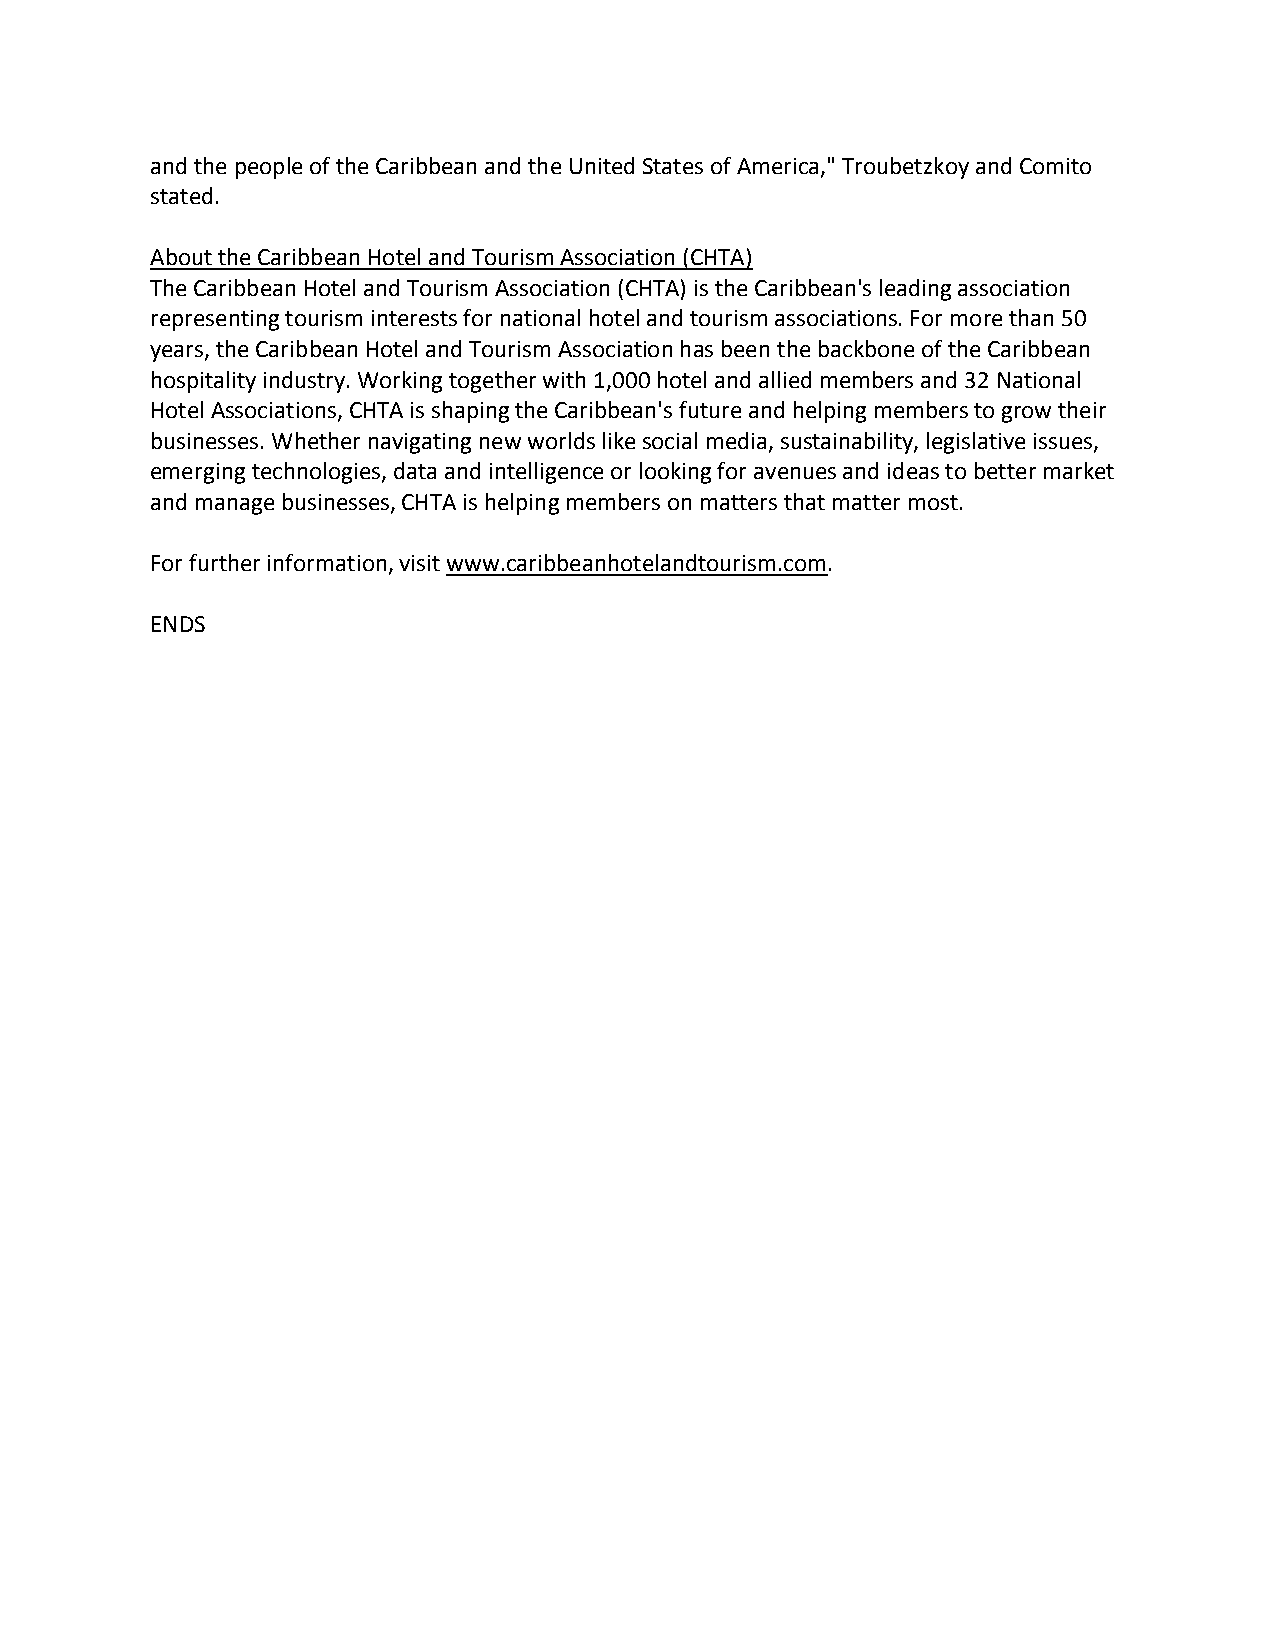
and the people of the Caribbean and the United States of America," Troubetzkoy and Comito
 stated.
 About the Caribbean Hotel and Tourism Association (CHTA)
 The Caribbean Hotel and Tourism Association (CHTA) is the Caribbean's leading association
 representing tourism interests for national hotel and tourism associations. For more than 50
 years, the Caribbean Hotel and Tourism Association has been the backbone of the Caribbean
 hospitality industry. Working together with 1,000 hotel and allied members and 32 National
 Hotel Associations, CHTA is shaping the Caribbean's future and helping members to grow their
 businesses. Whether navigating new worlds like social media, sustainability, legislative issues,
 emerging technologies, data and intelligence or looking for avenues and ideas to better market
 and manage businesses, CHTA is helping members on matters that matter most.
 For further information, visit www.caribbeanhotelandtourism.com.
 ENDS